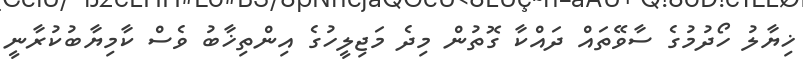
ޚިޔާލު ހޯދުމުގެ ސާވޭތައް ދައްކާ ގޮތުން މިދެ މަޖިލީހުގެ އިންތިޚާބު ވެސް ކާމިޔާބުކުރާނީ